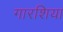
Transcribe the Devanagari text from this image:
गारशिया